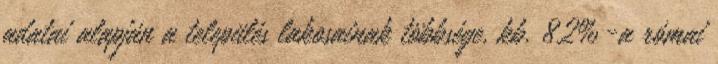
adatai alapján a település lakosainak többsége, kb. 82%-a római